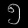
Digit: ၅